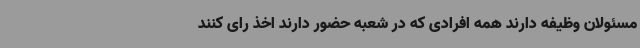
مسئولان وظیفه دارند همه افرادی که در شعبه حضور دارند اخذ رای کنند